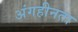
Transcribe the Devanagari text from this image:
अंगहीनता